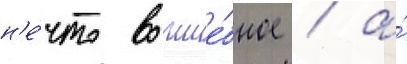
н'е́что волше́бное / а́